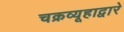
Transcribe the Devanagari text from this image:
चक्रव्यूहाद्वारे